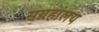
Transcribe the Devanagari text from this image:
सग्रहांलय